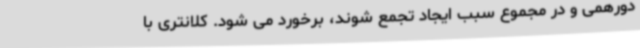
دورهمی و در مجموع سبب ایجاد تجمع ‌شوند، برخورد می ‌شود. کلانتری با